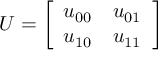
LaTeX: U = { \left[ \begin{array} { l l } { u _ { 0 0 } } & { u _ { 0 1 } } \\ { u _ { 1 0 } } & { u _ { 1 1 } } \end{array} \right] }